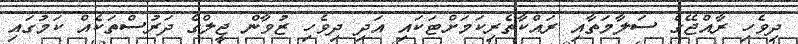
ދިވެހި ރާއްޖޭގެ ސަލާމަތާއި ރައްކާތެރިކަމަށްޓަކައި އަދި ދިވެހި ޒުވާން ޖީލްގެ ދަރުސްތަކެއް ކަމުގައި